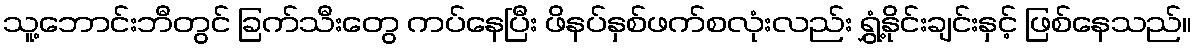
သူ့ဘောင်းဘီတွင် ခြက်သီးတွေ ကပ်နေပြီး ဖိနပ်နှစ်ဖက်စလုံးလည်း ရွှံ့နိုင်းချင်းနှင့် ဖြစ်နေသည်။